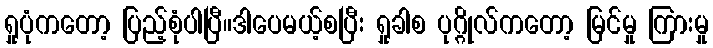
ရှုပုံကတော့ ပြည့်စုံပါပြီ။ဒါပေမယ့်စပြီး ရှုခါစ ပုဂ္ဂိုလ်ကတော့ မြင်မှု ကြားမှု